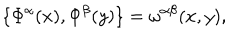
\{ \Phi ^ { \alpha } ( x ) , \Phi ^ { \beta } ( y ) \} = \omega ^ { \alpha \beta } ( x , y ) ,